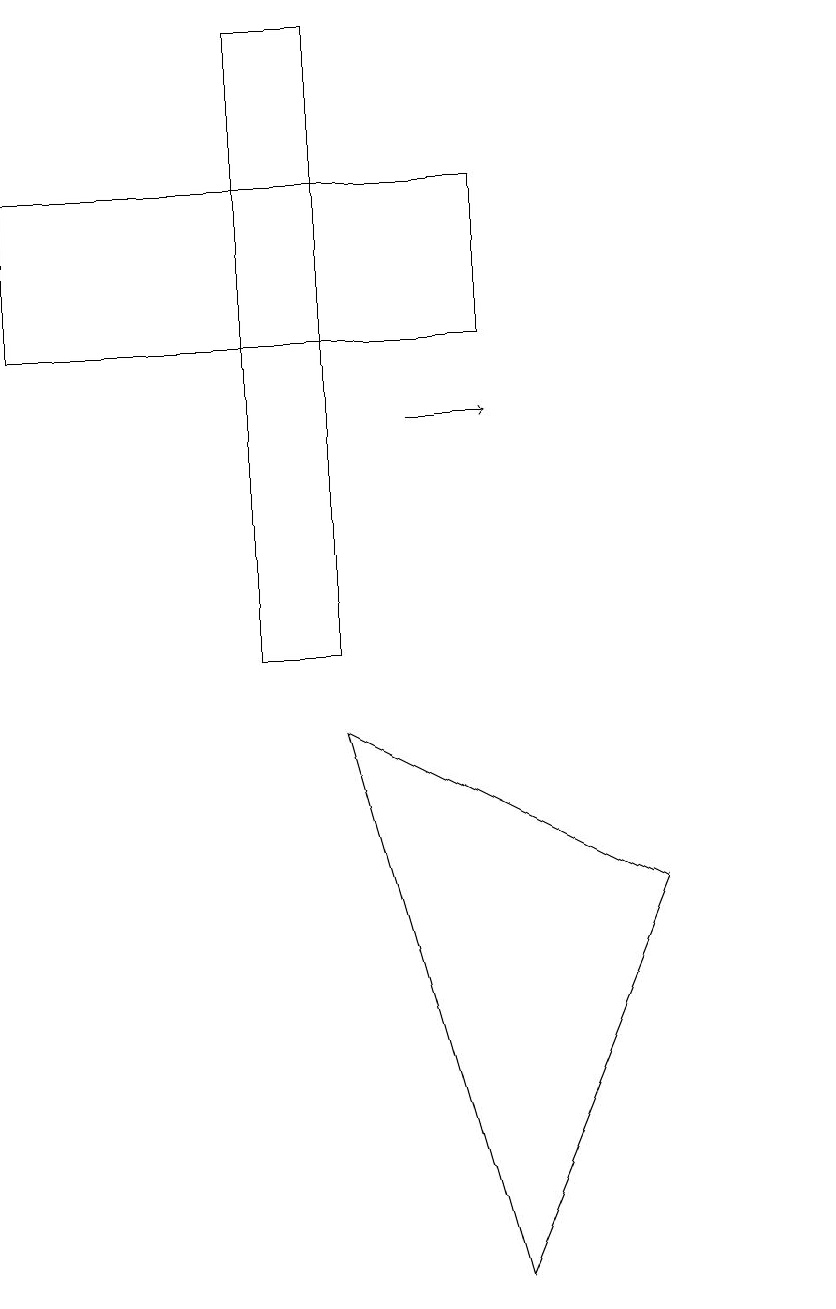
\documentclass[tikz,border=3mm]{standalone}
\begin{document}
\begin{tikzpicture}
\draw (11,11) circle (0);
\draw (5,18) rectangle (4,10);
\draw (9,7) -- (7,2) -- (5,9) -- cycle;
\draw[->] (6,13) -- (7,13);
\draw (7,16) rectangle (1,14);
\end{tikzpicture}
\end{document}